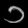
Digit: ၁